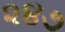
૨૪૭